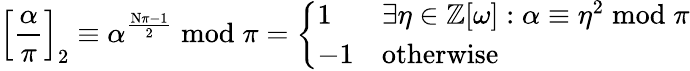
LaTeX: \left[{\frac{\alpha}{\pi}}\right]_{2}\equiv\alpha^{\frac{\mathrm{N}\pi-1}{2}}{\bmod{\pi}}={\left\{ \begin{array}{ll}{1}&{\exists\eta\in\mathbb{Z}[\omega]:\alpha\equiv\eta^{2}{\bmod{\pi}}}\\ {-1}&{{\mathrm{otherwise}}}\end{array}\right.}